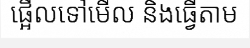
ផ្អើលទៅមើល និងធ្វើតាម